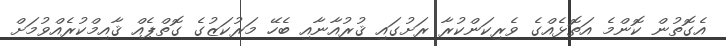
އެގޮތުން ކޮންމެ އަތޮޅެއްގެ ވެރިކަންކުރާ ރަށުގައި ޤުރުއާނާއި ބެހޭ މަރުކަޒުގެ ގޮތްޕެއް ޤާއިމްކުރެއްވުމަށް